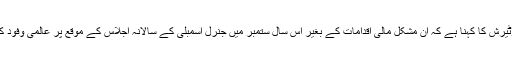
سیکرٹری جنرل انتونیو گوٹیرش کا کہنا ہے کہ ان مشکل مالی اقدامات کے بغیر اس سال ستمبر میں جنرل اسمبلی کے سالانہ اجلاس کے موقع پر عالمی وفود کی میزبانی مشکل ہو جاتی۔